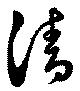
清